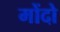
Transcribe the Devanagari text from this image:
मोंदो